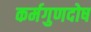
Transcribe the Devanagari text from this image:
कर्मगुणदोष